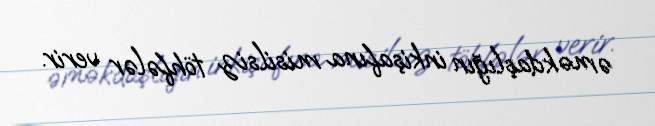
əməkdaşlığın inkişafına misilsiz töhfələr verir.